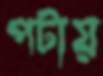
পটায়